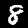
Digit: 8